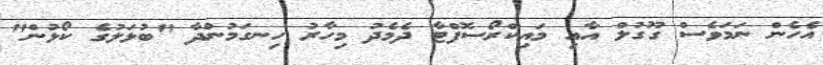
އެހެން ނަމަވެސް ގޫގުލް އާއި މައިކްރޯސޮފްޓާ ދެމެދު މިހާރު ހިނގަމުންދާ "ބުޅަލުގެ ކޯޅުން"